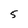
Character: 5